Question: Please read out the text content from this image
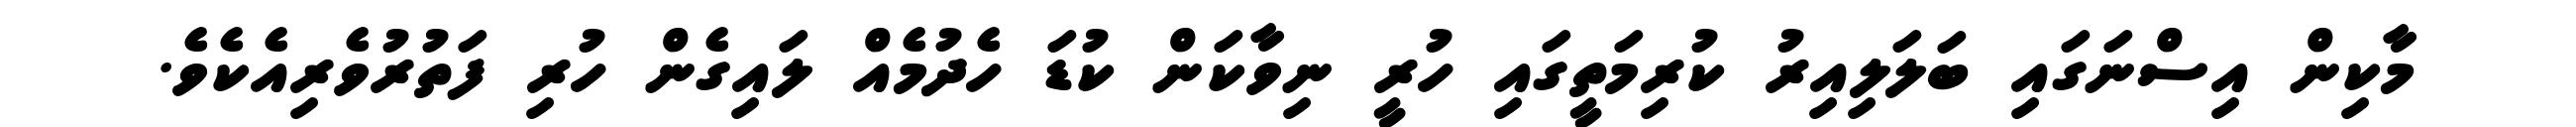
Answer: މާކިން އިސްނަގައި ބަލަލިއިރު ކުރިމަތީގައި ހުރީ ނިވާކަން ކުޑަ ހެދުމެއް ލައިގެން ހުރި ފަތުރުވެރިއެކެވެ.